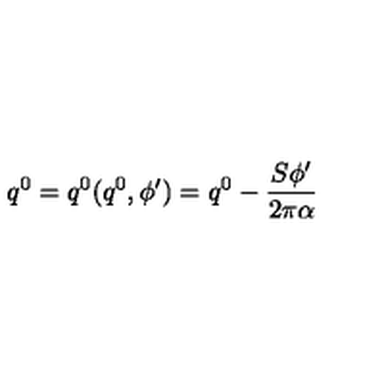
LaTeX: q ^ { 0 } = q ^ { 0 } ( q ^ { 0 } , \phi ^ { \prime } ) = q ^ { 0 } - \frac { S \phi ^ { \prime } } { 2 \pi \alpha }